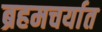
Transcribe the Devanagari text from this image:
ब्रहमचर्यात